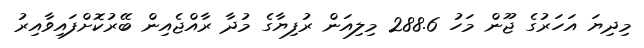
މިދިޔަ އަހަރުގެ ޖޫން މަހު 288.6 މިލިއަން ރުފިޔާގެ މުދާ ރާއްޖެއިން ބޭރުކޮށްފައިވާއިރު